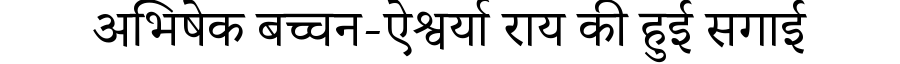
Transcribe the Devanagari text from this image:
अभिषेक बच्चन-ऐश्वर्या राय की हुई सगाई